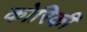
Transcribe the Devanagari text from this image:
कोरिकी